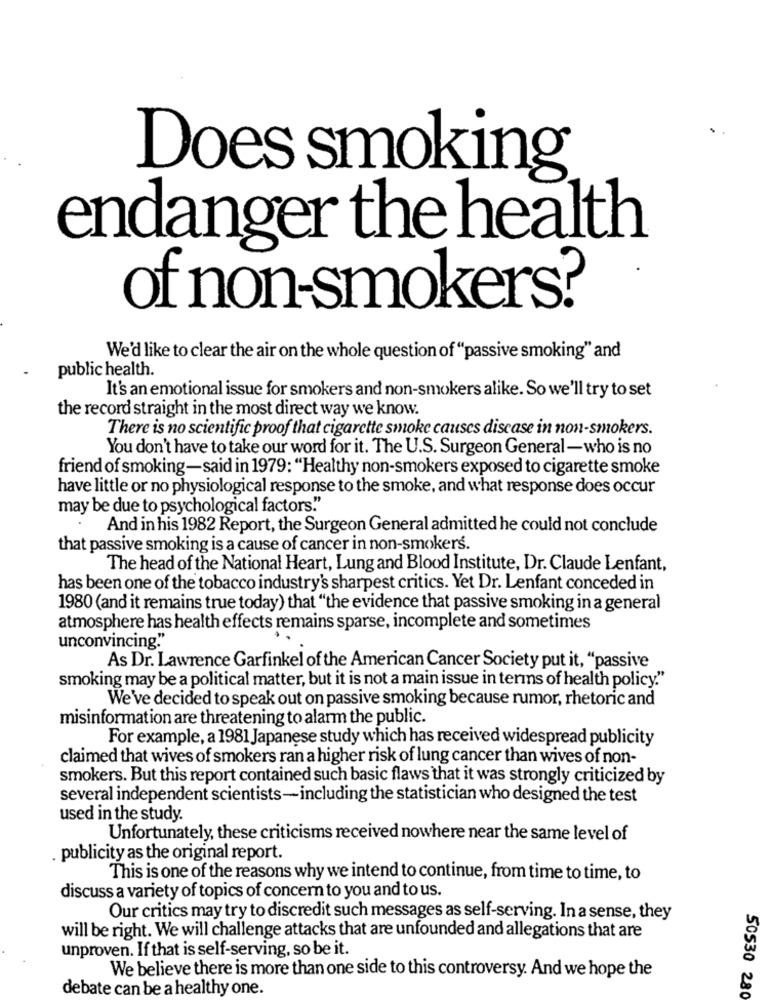
Does smoking
endanger the health
of non-smokers?
We'd like to clear the air on the whole question of "passive smoking" and
public health.
It's an emotional issue for smokers and non-smokers alike. So we'll try to set
the record straight in the most direct way we know.
There is no scientific proof that cigarette smoke causes disease in non-smokers.
You don't have to take our word for it. The U.S. Surgeon General -who is no
friend of smoking-said in 1979: "Healthy non-smokers exposed to cigarette smoke
have little or no physiological response to the smoke, and what response does occur
may be due to psychological factors."
And in his 1982 Report, the Surgeon General admitted he could not conclude
that passive smoking is a cause of cancer in non-smokers.
The head of the National Heart, Lung and Blood Institute, Dr. Claude Lenfant,
has been one of the tobacco industry's sharpest critics. Yet Dr. Lenfant conceded in
1980 (and it remains true today) that "the evidence that passive smoking in a general
atmosphere has health effects remains sparse, incomplete and sometimes
unconvincing."
As Dr. Lawrence Garfinkel of the American Cancer Society put it, "passive
smoking may be a political matter, but it is not a main issue in terms of health policy."
We've decided to speak out on passive smoking because rumor, rhetoric and
misinformation are threatening to alarm the public.
For example, a 1981 Japanese study which has received widespread publicity
claimed that wives of smokers ran a higher risk of lung cancer than wives of non-
smokers. But this report contained such basic flaws that it was strongly criticized by
several independent scientists-including the statistician who designed the test
used in the study.
Unfortunately, these criticisms received nowhere near the same level of
publicity as the original report.
This is one of the reasons why we intend to continue, from time to time, to
discuss a variety of topics of concern to you and to us.
Our critics may try to discredit such messages as self-serving. In a sense, they
will be right. We will challenge attacks that are unfounded and allegations that are
unproven. If that is self-serving, so be it.
We believe there is more than one side to this controversy. And we hope the
debate can be a healthy one.
50530 280